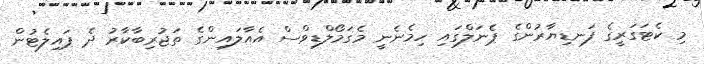
މި ކެޓަގަރީގެ ފަނޑިޔާރުންގެ ޕެނަލްގައި ހިމެނެނީ މެގަމޯލްޑިވްސް އެއާލައިންގެ ތަޖުރިބާކާރު ދެ ޕައިލެޓުން